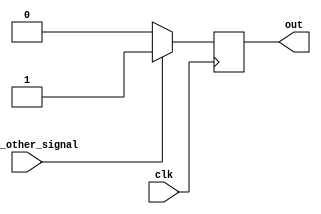
module behavioral_modeling_block(
    input wire clk,
    input wire some_other_signal,
    output reg out
);

always @(negedge clk) begin
    // Code or behavior to be executed on falling edge of the clock
    if (some_other_signal == 1'b1) begin
        out <= 1'b1;
    end else begin
        out <= 1'b0;
    end
end

endmodule